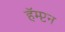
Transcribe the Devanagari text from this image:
हॅम्प्टन